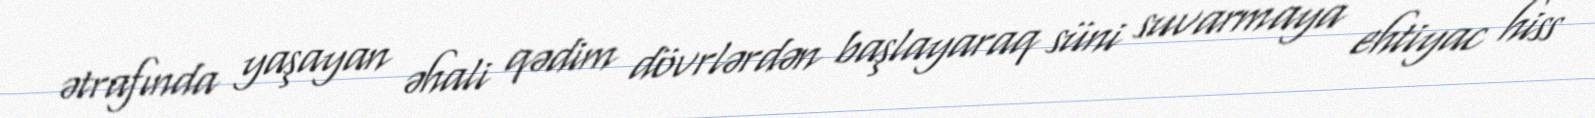
ətrafında yaşayan əhali qədim dövrlərdən başlayaraq süni suvarmaya ehtiyac hiss